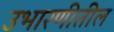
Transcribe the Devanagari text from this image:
उभारणीतील